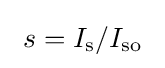
~s=I_{\rm {s}}/I_{\rm {so}}~